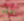
تعال